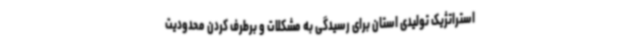
استراتژیک تولیدی استان برای رسیدگی به مشکلات و برطرف کردن محدودیت